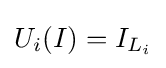
U_{i}(I)=I_{L_{i}}